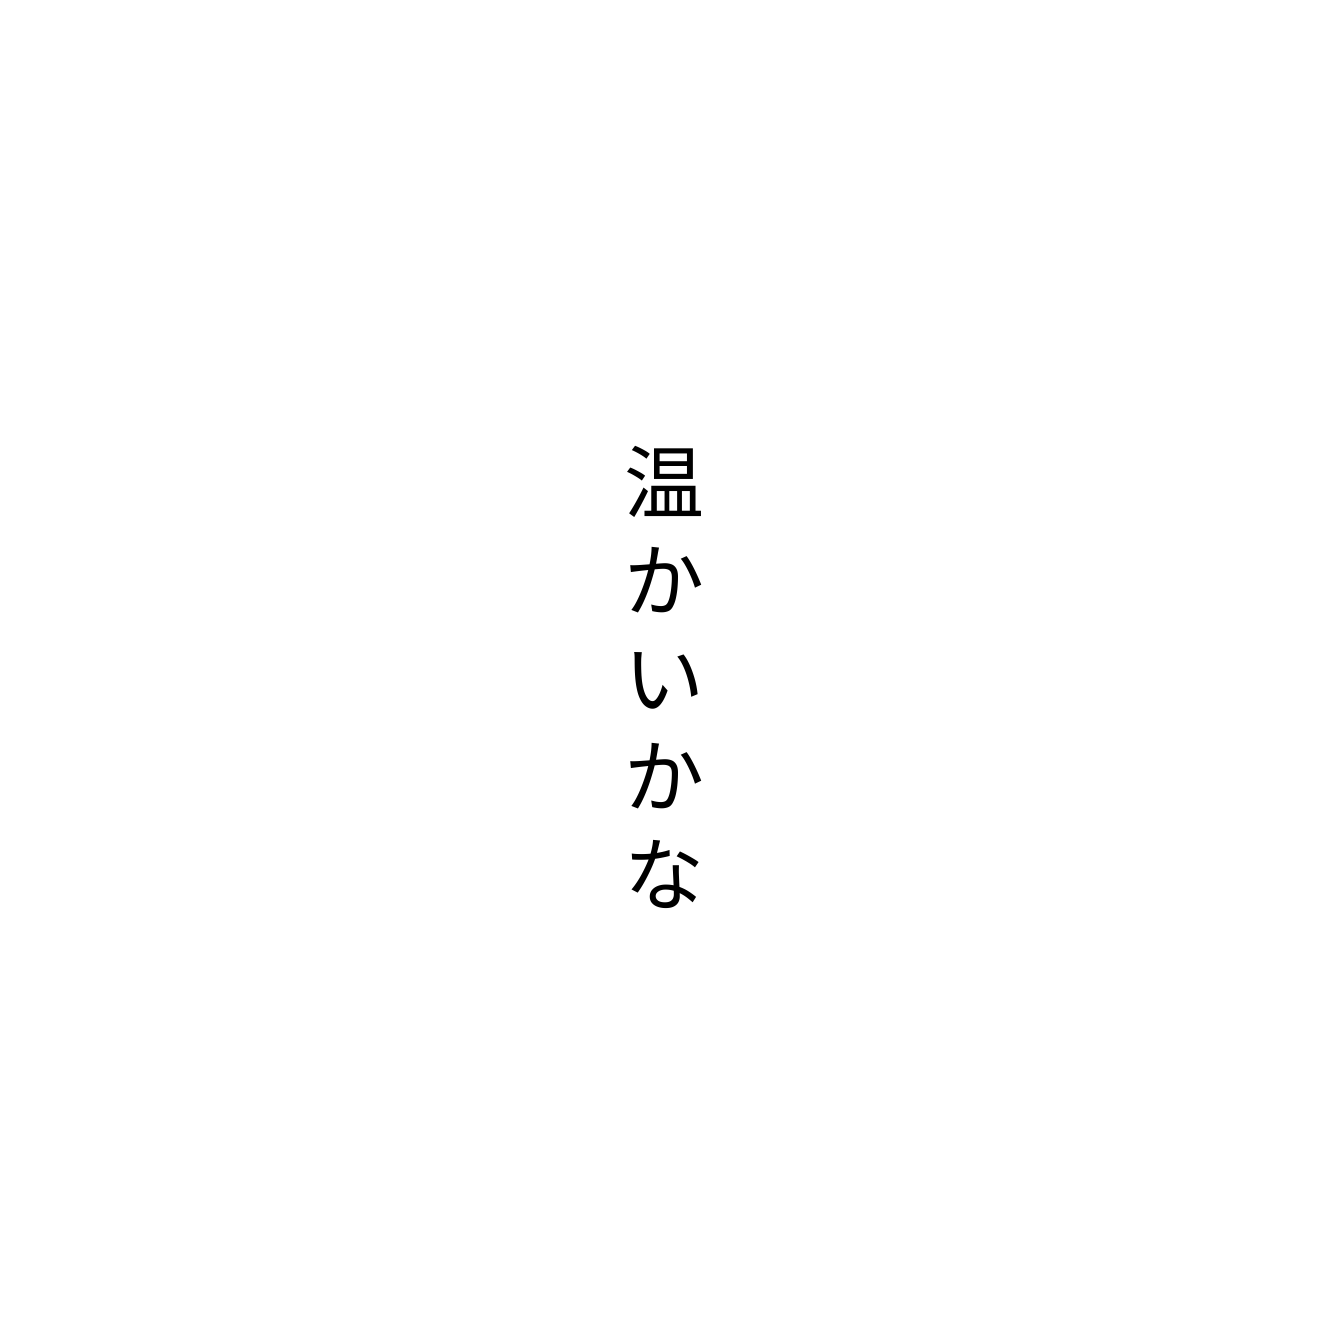
温かいかな